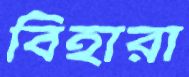
বিহারা